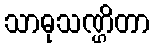
သာဓုသဏ္ဌိတာ